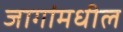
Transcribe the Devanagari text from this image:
जागांमधील